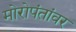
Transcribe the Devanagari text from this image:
मोरोपंतांवर